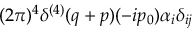
{ \displaystyle ( 2 \pi ) ^ { 4 } \delta ^ { ( 4 ) } ( q + p ) ( - i p _ { 0 } ) \alpha _ { i } \delta _ { i j } }